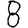
Digit: 8